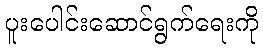
ပူးပေါင်းဆောင်ရွက်ရေးကို